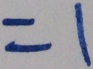
= 1